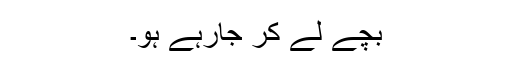
بچے لے کر جارہے ہو۔